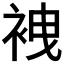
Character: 𧙟